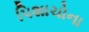
પિશાચોના